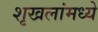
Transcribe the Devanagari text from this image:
शृखलांमध्ये